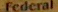
Federal